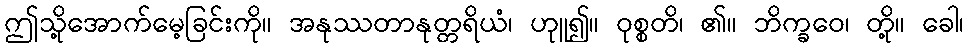
ဤသို့အောက်မေ့ခြင်းကို။ အနုဿတာနုတ္တရိယံ၊ ဟုူ၍။ ဝုစ္စတိ၊ ၏။ ဘိက္ခဝေ၊ တို့။ ခေါ၊